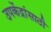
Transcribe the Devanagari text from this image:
उपकेंद्रांसाठी